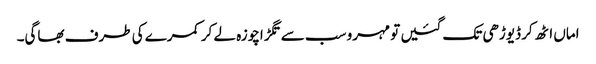
اماں اٹھ کر ڈیوڑھی تک گئیں تو مہرو سب سے تگڑاچوزہ لے کر کمرے کی طرف بھاگی۔